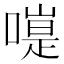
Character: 𠽭